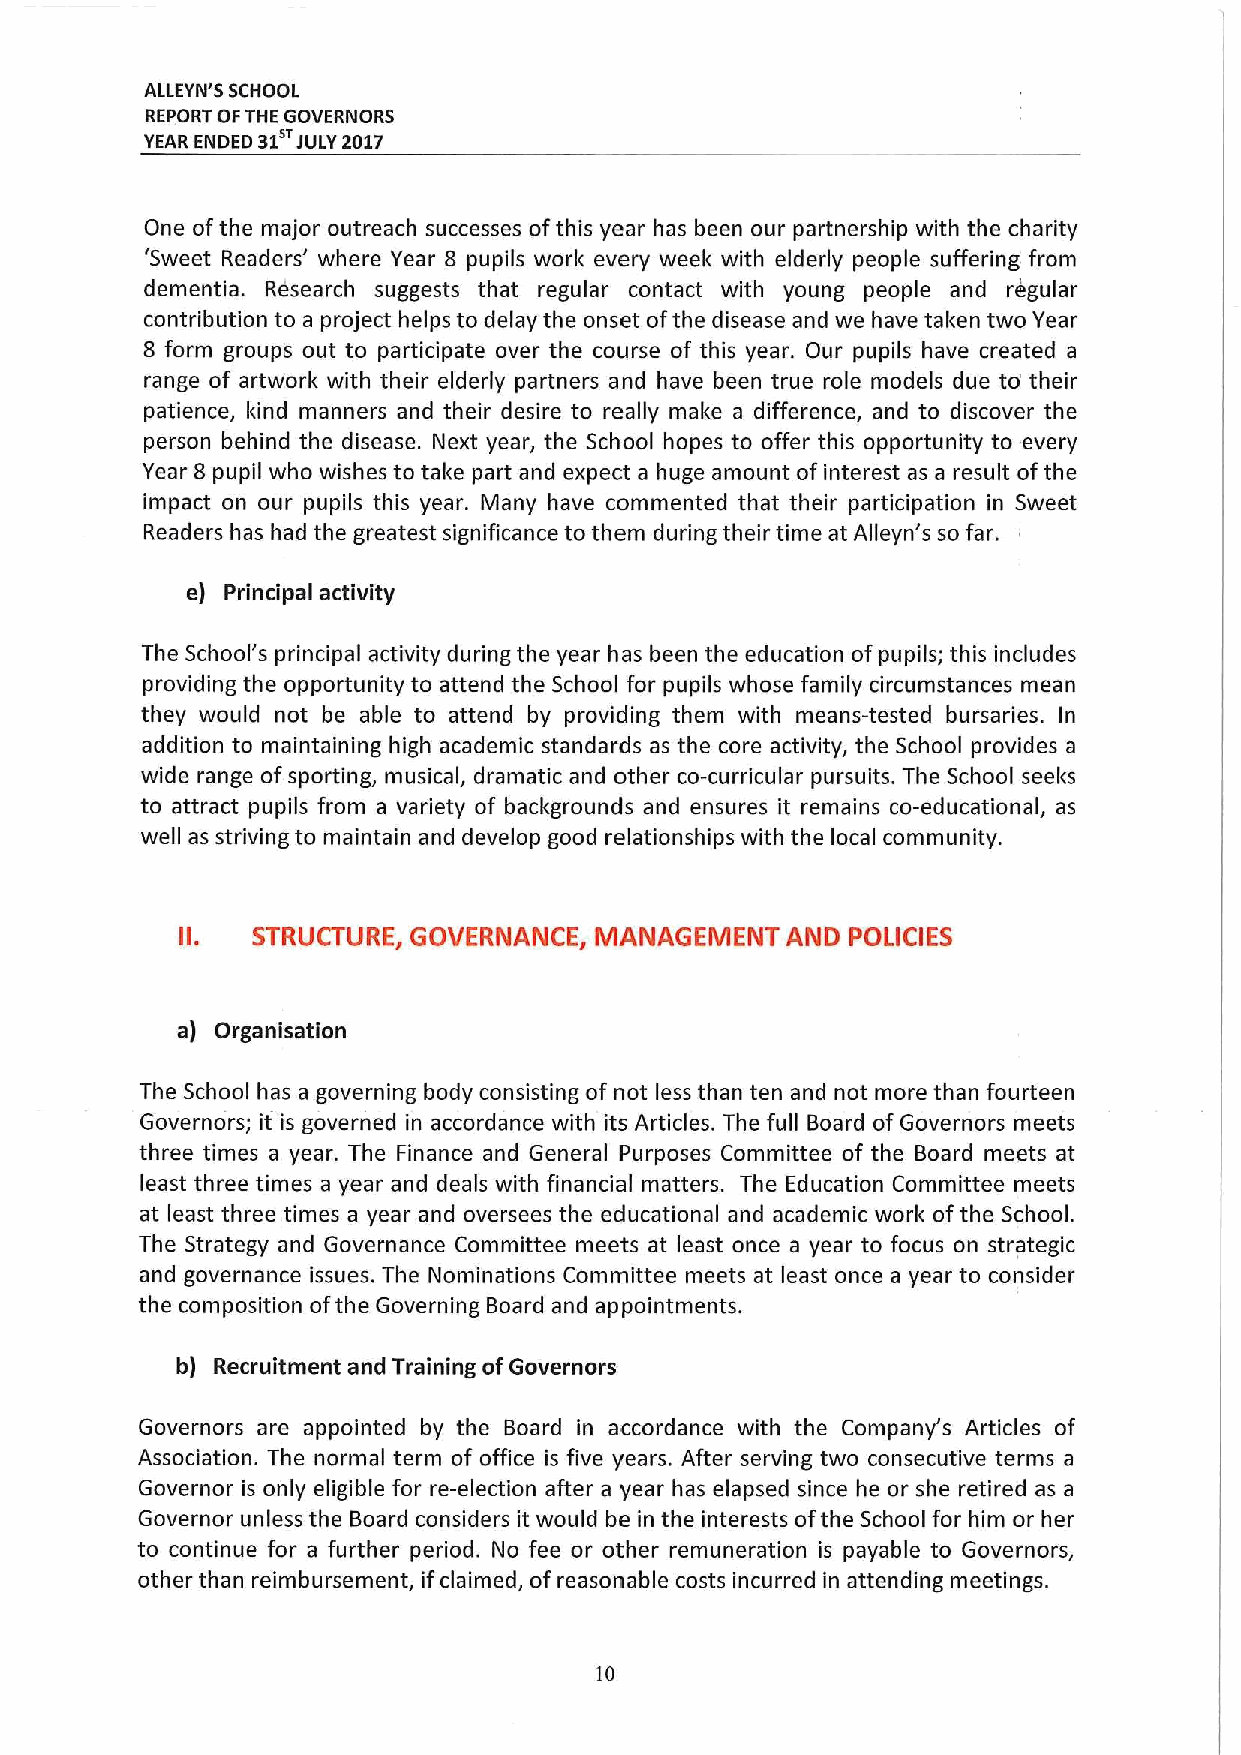
ALLEYN'S SCHOOL
 REPORT OFTHE GOVERNORS
 YEAR ENDED 31 JULY2017
 One ofthe major outreach successes ofthis year has been our partnership with the charity
 'Sweet Readers' where Year B pupils work every week with elderly people suffering from
 dementia. Research suggests that regular contact with young people and regular
 contribution to a project helps to delay the onset ofthe disease and we have taken two Year
 8 form groups out to participate over the course of this year. Our pupils have created a
 range of artwork with their elderly partners and have been true role models due to' their
 patience, l&ind manners and their desire to really make a difference, and to discover the
 person behind the disease. Next year, the School hopes to offer this opportunity to every
 Year 8 pupil who wishes to take part and expect a huge amount ofinterest as a result ofthe
 impact on our pupils this year. Many have commented that their participation in Sweet
 Readers has had the greatest significance to them during their time at Alleyn's so far.
 e) Principal activity
 The School's principal activity during the year has been the education ofpupils; this includes
 providing the opportunity to attend the School for pupils whose family circumstances mean
 they would not be able to attend by providing them with means-tested bursaries. In
 addition to maintaining high academic standards as the core activity, the School provides a
 wide range ofsporting, musical, dramatic and other co-curricular pursuits. The School seeks
 to attract pupils from a variety of backgrounds and ensures it remains co-educational, as
 well as striving to maintain and develop good relationships with the local community.
 II.  STRUCTURE, GOVERNANCE, MANAGEMENT  AND POLICIES
 a) Organisation
 The School has a governing body consisting of not less than ten and not more than fourteen
 Governors; it is governed in accordance with its Articles. The full Board ofGovernors meets
 three times a year. The Finance and General Purposes Committee of the Board meets at
 least three times a year and deals with financial matters. The Education Committee meets
 at least three times a year and oversees the educational and academic work ofthe School.
 The Strategy and Governance Committee meets at least once a year to focus on strategic
 and governance issues. The Nominations Committee meets at least once a year to consider
 the composition ofthe Governing Board and appointments.
 b) Recruitment and Training ofGovernors
 Governors are appointed by the Board in accordance with the Company's Articles of
 Association. The normal term of office is five years. After serving two consecutive terms a
 Governor is only eligible for re-election after a year has elapsed since he or she retired as a
 Governor unless the Board considers it would be in the interests ofthe School for him or her
 to continue for a further period. No fee or other remuneration is payable to Governors,
 other than reimbursement, ifclaimed, ofreasonable costs incurred in attending meetings.